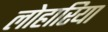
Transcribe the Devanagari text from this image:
लोहारिया